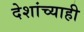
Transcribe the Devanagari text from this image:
देशांच्याही